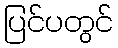
ပြင်ပတွင်